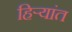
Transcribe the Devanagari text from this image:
हिर्‍यांत